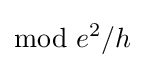
{\text{mod}}\ e^{2}/h